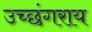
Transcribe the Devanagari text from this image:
उच्छंगराय